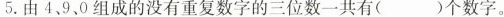
5.由4、9、0组成的没有重复数字的三位数一共有()个数字。